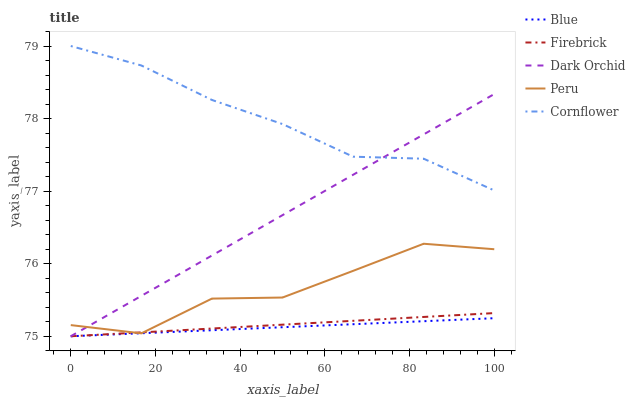
| xaxis_label | Blue | Firebrick | Dark Orchid | Peru | Cornflower |
 | --- | --- | --- | --- | --- | --- |
 | 0 | 75 | 75 | 75 | 75.2 | 79 |
 | 16.7 | 75 | 75.1 | 75.6 | 75 | 78.7 |
 | 33.3 | 75.1 | 75.1 | 76.1 | 75.5 | 78.3 |
 | 50 | 75.1 | 75.2 | 76.7 | 75.5 | 77.9 |
 | 66.7 | 75.2 | 75.2 | 77.2 | 75.9 | 77.5 |
 | 83.3 | 75.2 | 75.3 | 77.8 | 76.3 | 77.4 |
 | 100 | 75.2 | 75.3 | 78.3 | 76.2 | 77 |